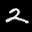
Label: 2